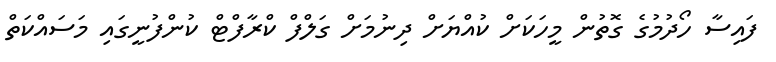
ފައިސާ ހޯދުމުގެ ގޮތުން މީހަކަށް ކުއްޔަށް ދިނުމަށް ގަލްފް ކްރާފްޓް ކުންފުނީގައި މަސައްކަތް